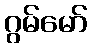
ဂွမ်မော်